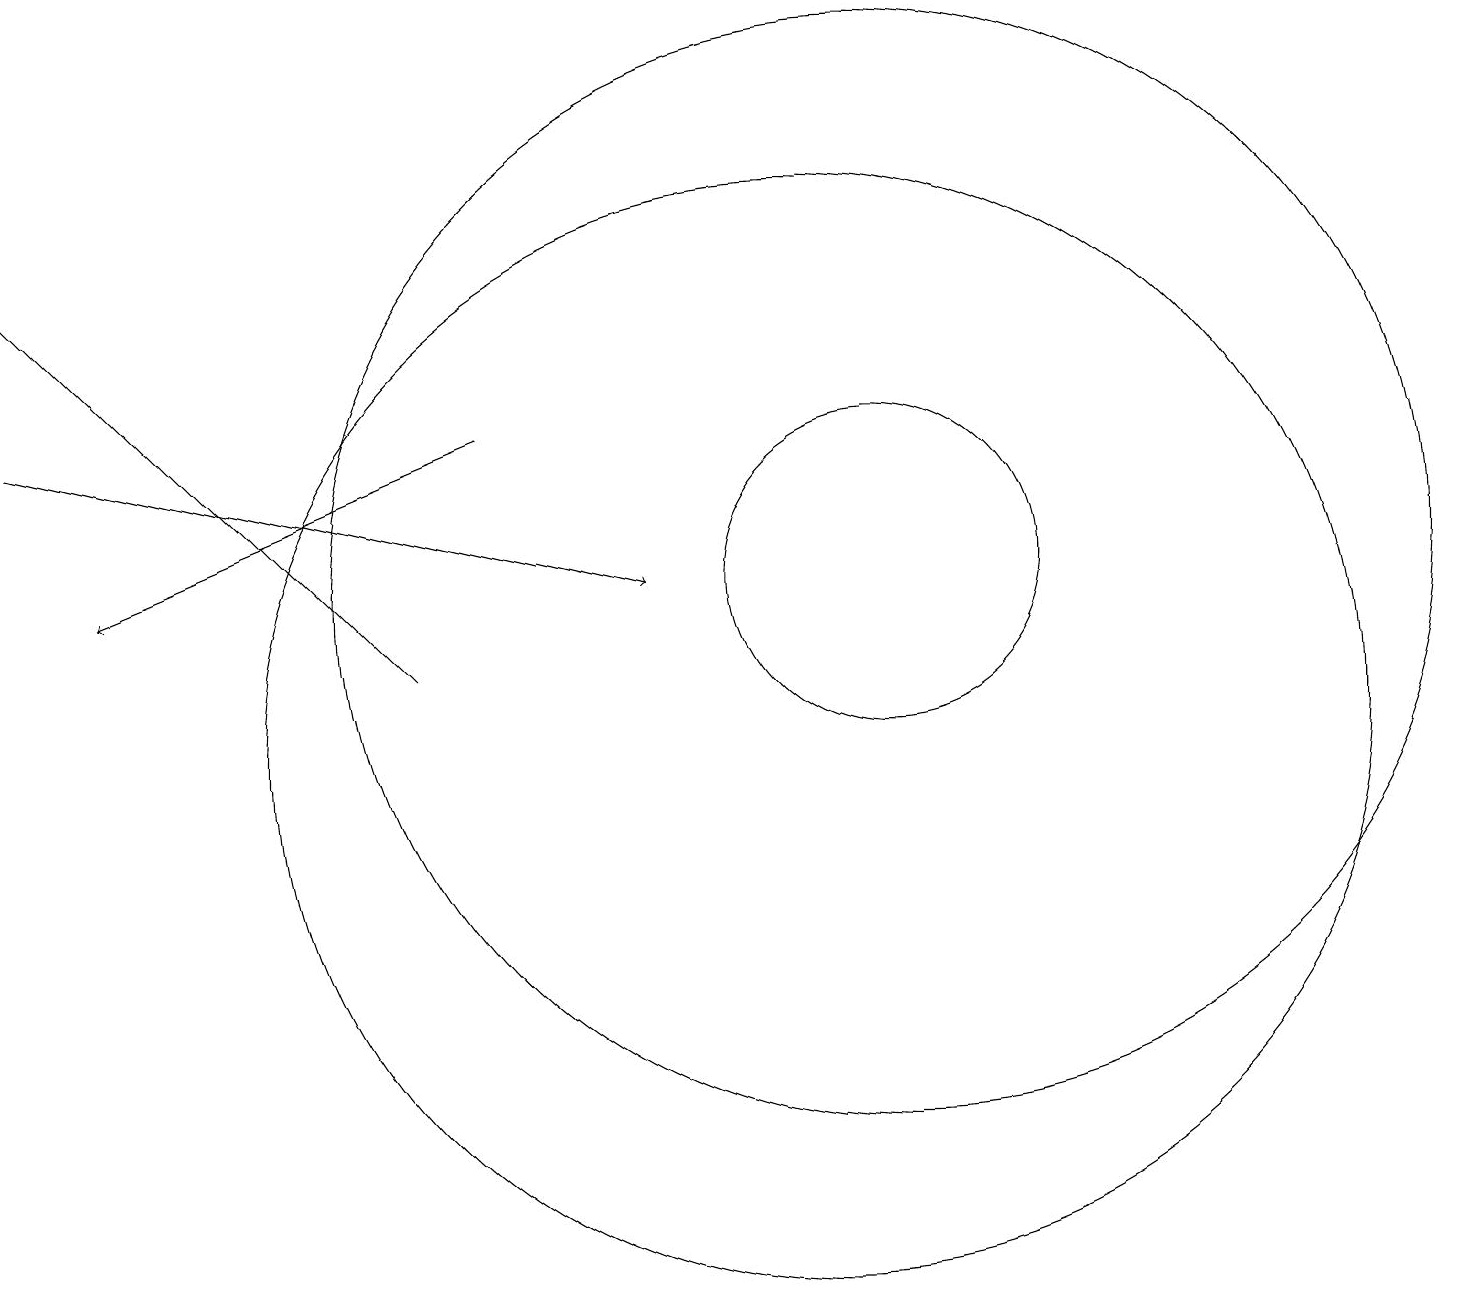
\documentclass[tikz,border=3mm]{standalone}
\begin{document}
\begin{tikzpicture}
\draw[->] (6,14) -- (1,12);
\draw (11,12) circle (2);
\draw[->] (0,14) -- (8,12);
\draw (11,12) circle (7);
\draw (10,10) circle (7);
\draw[->] (5,11) -- (0,16);
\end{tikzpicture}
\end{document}